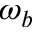
\omega _ { b }